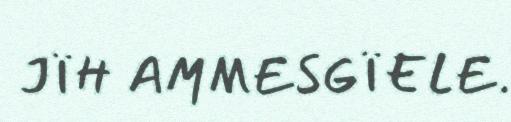
JÏH AMMESGÏELE.